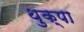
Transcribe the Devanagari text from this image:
थुक्पा